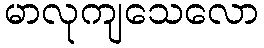
မာလုကျသေလော